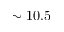
\sim 1 0 . 5